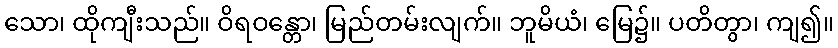
သော၊ ထိုကျီးသည်။ ဝိရဝန္တော၊ မြည်တမ်းလျက်။ ဘူမိယံ၊ မြေ၌။ ပတိတွာ၊ ကျ၍။